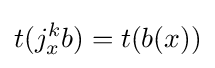
t(j_{x}^{k}b)=t(b(x))